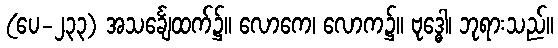
(ပေ-၂၃၃) အသင်္ချေထက်၌။ လောကေ၊ လောက၌။ ဗုဒ္ဓေါ၊ ဘုရားသည်။